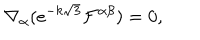
\nabla _ { \alpha } ( e ^ { - k \sqrt { 3 } } \mathcal { F } ^ { \alpha \beta } ) = 0 ,